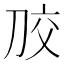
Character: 𭃠